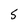
Character: 5